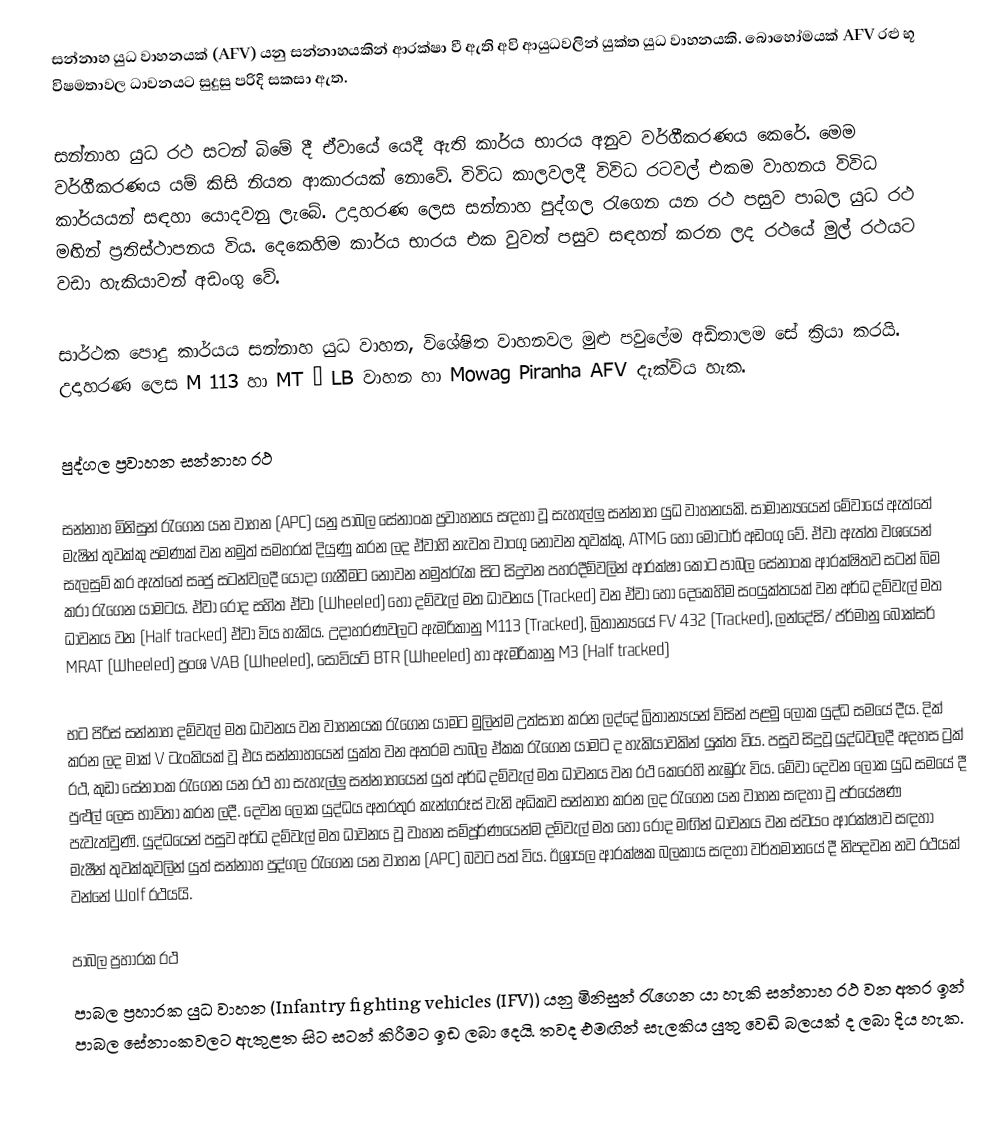
සන්නාහ යුධ වාහනයක් (AFV) යනු සන්නාහයකින් ආරක්ෂා වී ඇති අවි ආයුධවලින් යුක්ත යුධ වාහනයකි. බොහෝමයක් AFV රළු භූ විෂමතාවල ධාවනයට සුදුසු පරිදි සකසා ඇත.

සන්නාහ යුධ රථ සටන් බිමේ දී ඒවායේ යෙදී ඇති කාර්ය භාරය අනුව වර්ගීකරණය කෙරේ. මෙම  වර්ගීකරණය යම් කිසි නියත ආකාරයක් නොවේ. විවිධ කාලවලදී විවිධ රටවල් එකම වාහනය විවිධ කාර්යයන් සඳහා යොදවනු ලැබේ. උදාහරණ ලෙස සන්නාහ පුද්ගල රැගෙන යන රථ පසුව පාබල යුධ රථ මඟින් ප්‍රතිස්ථාපනය විය. දෙකෙහිම කාර්ය භාරය එක වුවත් පසුව සඳහන් කරන ලද රථයේ මුල් රථයට වඩා හැකියාවන් අඩංගු වේ.

සාර්ථක  පොදු කාර්යය සන්නාහ යුධ වාහන, විශේෂිත වාහනවල මුළු පවුලේම අඩිතාලම සේ ක්‍රියා කරයි. උදාහරණ ලෙස M 113 හා MT – LB වාහන හා Mowag Piranha AFV දැක්විය හැක.

පුද්ගල ප්‍රවාහන සන්නාහ රථ

සන්නාහ මිනිසුන් රැගෙන යන වාහන (APC) යනු පාබල සේනාංක ප්‍රවාහනය සඳහා වූ සැහැල්ලු සන්නාහ යුධ වාහනයකි. සාමාන්‍යයෙන් මේවායේ ඇත්තේ මැෂින් තුවක්කු පමණක් වන නමුත් සමහරක් දියුණු කරන ලද ඒවාහි නැවත වාංගු නොවන තුවක්කු, ATMG හෝ මෝටාර් අඩංගු වේ. ඒවා ඇත්‍ත වශයෙන් සැලසුම් කර ඇත්තේ සෘජු සටන්වලදී යොදා ගැනීමට නොවන නමුත්රැක සිට සිදුවන පහරදීම්වලින් ආරක්ෂා කොට පාබල සේනාංක ආරක්ෂිතව සටන් බිම කරා රැගෙන යාමටය. ඒවා රෝද සහිත ඒවා (Wheeled) හෝ දම්වැල් මත ධාවනය (Tracked) වන ඒවා හෝ දෙකෙහිම සංයුක්තයක් වන අර්ධ දම්වැල් මත ධාවනය වන (Half tracked) ඒවා විය හැකිය. උදාහරණවලට ඇමරිකානු M113 (Tracked), බ්‍රිතාන්‍යයේ FV 432 (Tracked), ලන්දේසි/ ජර්මානු බොක්සර් MRAT (Wheeled) ප්‍රංශ VAB (Wheeled), සෝවියට් BTR (Wheeled) හා ඇමරිකානු M3 (Half tracked)

භට පිරිස් සන්නාහ දම්වැල් මත ධාවනය වන වාහනයක රැගෙන යාමට මුලින්ම උත්සාහ කරන ලද්දේ බ්‍රිතාන්‍යයන් විසින් පළමු ලෝක යුද්ධ සමයේ දීය. දික් කරන ලද මාක් V ටැංකියක් වූ එය සන්නාහයෙන් යුක්ත වන අතරම පාබල ඒකක රැගෙන යාමට ද හැකියාවකින් යුක්ත ‍විය. පසුව සිදුවූ යුද්ධවලදී අදහස ට්‍රක් රථ, කුඩා සේනාංක රැගෙන යන රථ හා සැහැල්ලු සන්නාහයෙන් යුත් අර්ධ දම්වැල් මත ධාවනය වන රථ කෙරෙහි නැඹුරු විය. මේවා දෙවන ලෝක යුධ සමයේ දී පුළුල් ලෙස භාවිතා කරන ලදී. දෙවන ලෝක යුද්ධය අතරතුර කැන්ගරූස් වැනි අධිකව සන්නාහ කරන ලද රැගෙන යන වාහන සඳහා වූ පර්යේෂණ පැවැත්වුණි. යුද්ධයෙන් පසුව අර්ධ දම්වැල් මත ධාවනය වූ වාහන සම්පූර්ණයෙන්ම දම්වැල් මත හෝ රෝද මඟින් ධාවනය වන ස්වයං ආරක්ෂාව සඳහා මැෂීන් තුවක්කුවලින් යුත් සන්නාහ පුද්ගල රැගෙන යන වාහන (APC) බවට පත් විය. ඊශ්‍රායල ආරක්ෂක බලකාය සඳහා වර්තමානයේ දී නිපදවන නව රථයක් වන්නේ Wolf රථයයි.

පාබල ප්‍රහාරක රථ
පාබල ප්‍රහාරක යුධ වාහන (Infantry fighting vehicles (IFV)) යනු මිනිසුන් රැගෙන යා හැකි සන්නාහ රථ වන අතර ඉන් පාබල සේනාංකවලට ඇතුළත සිට සටන් කිරීමට ඉඩ ලබා දෙයි. තවද එමඟින් සැලකිය යුතු වෙඩි බලයක් ද ලබා දිය හැක.